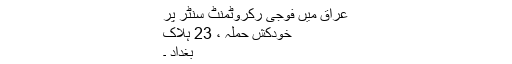
عراق میں فوجی رکروٹمنٹ سنٹر پر
خودکش حملہ ، 23 ہلاک
بغداد ۔